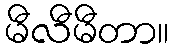
မီလီမီတာ။